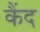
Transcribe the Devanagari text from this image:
कैंद